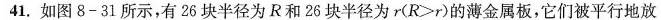
41.如图8-31所示，有26块半径为R和26块半径为$$r ($$ R > r$$)$$的薄金属板，它们被平行地放